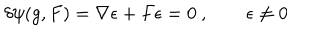
\delta \psi ( g , F ) = \nabla \epsilon + F \epsilon = 0 \ , \qquad \epsilon \neq 0